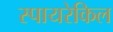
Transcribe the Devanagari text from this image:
स्पायरेकिल